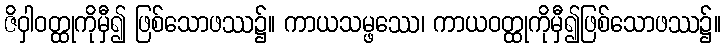
ဇိဝှါဝတ္ထုကိုမှီ၍ ဖြစ်သောဖဿ၌။ ကာယသမ္ဖဿေ၊ ကာယဝတ္ထုကိုမှီ၍ဖြစ်သောဖဿ၌။